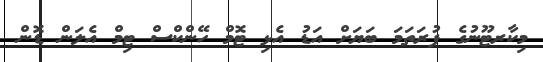
މިކާރޓޫނުގެ ފުރަތަމަ ބަޔަށް އަޑު އެޅި ޓޮމް ހޭންކްސް ޓިމް އެލަން ޑޮން